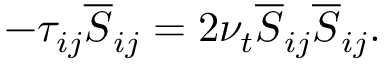
- \tau _ { i j } \overline { { S } } _ { i j } = 2 \nu _ { t } \overline { { S } } _ { i j } \overline { { S } } _ { i j } .